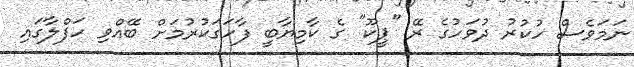
ނަމަވެސް ހުކުރު ދުވަހުގެ ރޭ "ޕީކޫ" ގެ ކާމިޔާބީ ފާހަގަކުރުމަށް ބޭއްވި ހަފްލާގައި